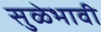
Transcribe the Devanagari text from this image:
सुळेभावी